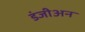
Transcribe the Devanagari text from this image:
डंजीअन